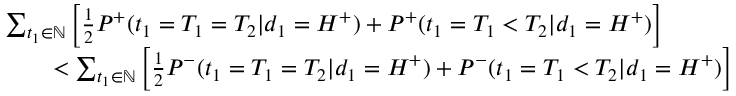
\begin{array} { r l } & { \sum _ { t _ { 1 } \in \mathbb { N } } \left[ \frac { 1 } { 2 } P ^ { + } ( t _ { 1 } = T _ { 1 } = T _ { 2 } | d _ { 1 } = H ^ { + } ) + P ^ { + } ( t _ { 1 } = T _ { 1 } < T _ { 2 } | d _ { 1 } = H ^ { + } ) \right] } \\ & { \qquad < \sum _ { t _ { 1 } \in \mathbb { N } } \left[ \frac { 1 } { 2 } P ^ { - } ( t _ { 1 } = T _ { 1 } = T _ { 2 } | d _ { 1 } = H ^ { + } ) + P ^ { - } ( t _ { 1 } = T _ { 1 } < T _ { 2 } | d _ { 1 } = H ^ { + } ) \right] } \end{array}